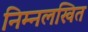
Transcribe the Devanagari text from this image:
निम्नलखित